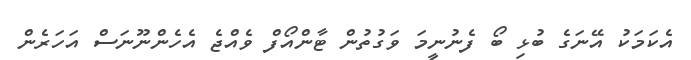
އެކަމަކު އޭނަގެ ބުޅި ބޯ ފެނުނީމަ ވަގުތުން ޓާންއޯފް ވެއްޖެ އެހެންނޫނަސް އަހަރެން